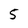
Character: 5